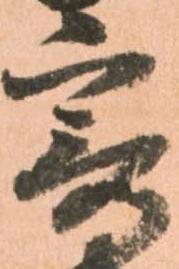
寄